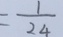
= \frac { 1 } { 2 4 }